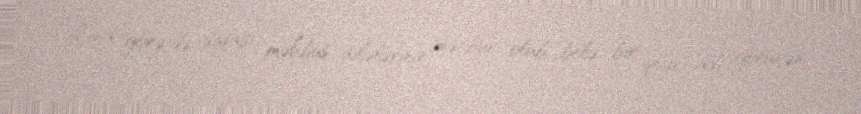
Ona görə də siyasi məhbus ailələrinin məcbur olub belə bir qeyri-adi görünən